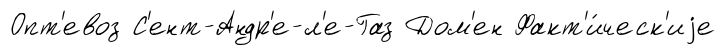
Опт'евоз С'ент-Андр'е-л'е-Газ Дом'ен Факт'и́ческ'иjе